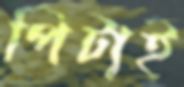
পিটাই